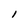
Character: l